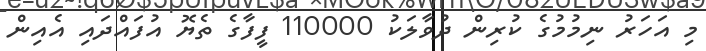
މި އަހަރު ނިމުމުގެ ކުރިން ދުވާލަކު 110000 ފީފާގެ ތެޔޮ އުފައްދައި އެއިން